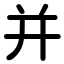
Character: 并